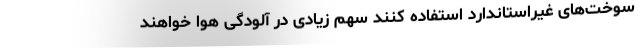
سوخت‌های غیراستاندارد استفاده کنند سهم زیادی در آلودگی هوا خواهند